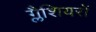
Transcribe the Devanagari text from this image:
ग्लैशियरों